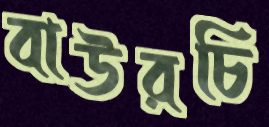
বাউরচি